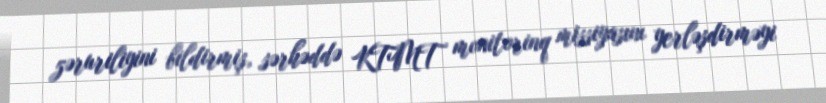
zəruriliyini bildirmiş, sərhəddə KTMT monitorinq missiyasını yerləşdirməyi